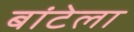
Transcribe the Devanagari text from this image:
बांटेला